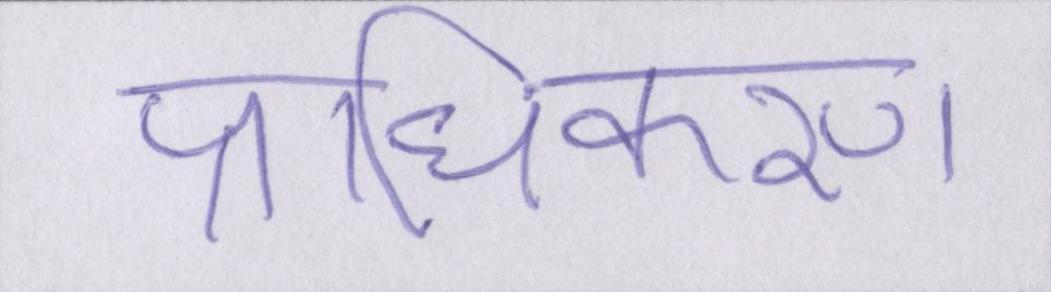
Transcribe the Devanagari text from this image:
प्राधिकरण